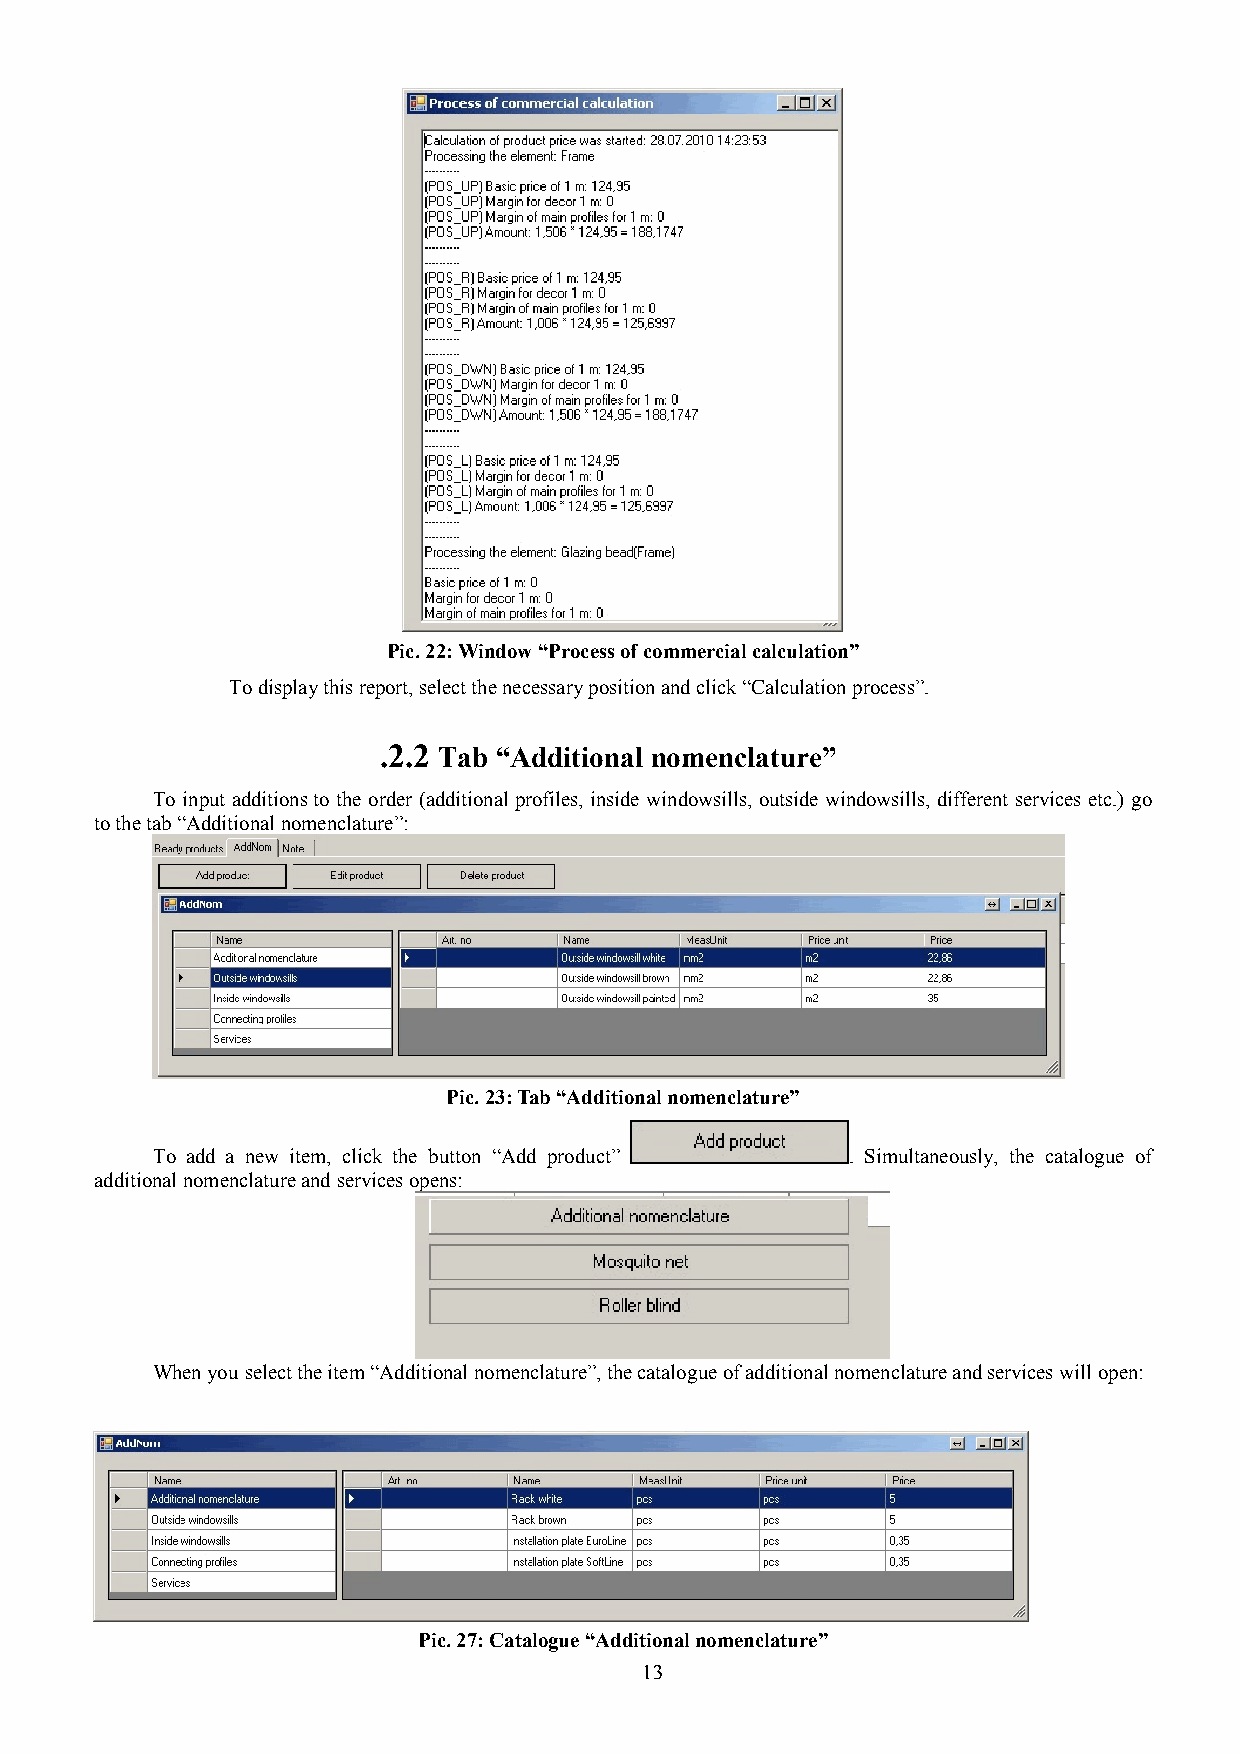
Pic. 22: Window “Process of commercial calculation”
 To display this report, select the necessary position and click “Calculation process”.
 .2.2 Tab “Additional nomenclature”
 To input additions to the order (additional profiles, inside windowsills, outside windowsills, different services etc.) go
 to the tab “Additional nomenclature”:
 Pic. 23: Tab “Additional nomenclature”
 To add a new item, click the button “Add product” . Simultaneously, the catalogue of
 additional nomenclature and services opens:
 When you select the item “Additional nomenclature”, the catalogue of additional nomenclature and services will open:
 Pic. 27: Catalogue “Additional nomenclature”
 13